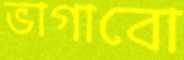
ভাগাবো